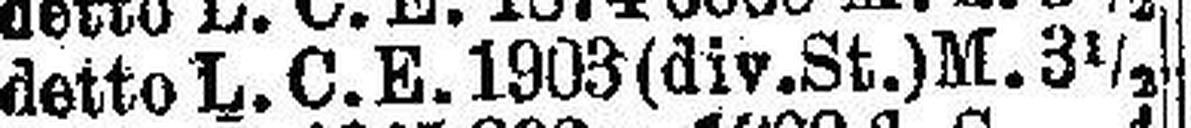
detto L.C.E. 1903 (div. St.) M. 3½